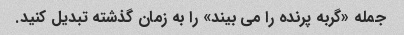
جمله «گربه پرنده را می بیند» را به زمان گذشته تبدیل کنید.